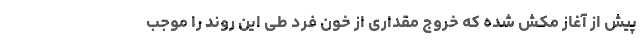
پیش از آغاز مکش شده که خروج مقداری از خون فرد طی این روند را موجب